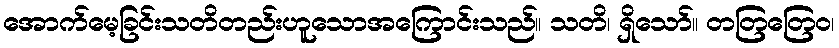
အောက်မေ့ခြင်းသတိတည်းဟူသောအကြောင်းသည်။ သတိ၊ ရှိသော်။ တတြတြေဝ၊